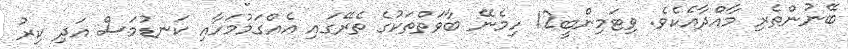
ބޭނުންތެރި މާއްދާއެކެވެ. ވިޓަމިންބީ12 ހިމެނޭ ބާވަތްތަކުގެ ތެރޭގައި އެއްގަމުމަހާއި ކަނޑުމަސް އަދި ކިރު